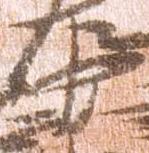
中